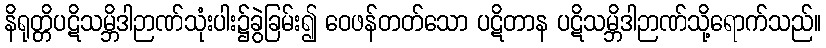
နိရုတ္တိပဋိသမ္ဘိဒါဉာဏ်သုံးပါး၌ခွဲခြမ်း၍ ဝေဖန်တတ်သော ပဋိတာန ပဋိသမ္ဘိဒါဉာဏ်သို့ရောက်သည်။